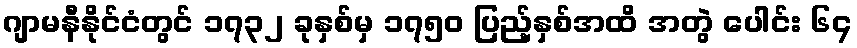
ဂျာမနီနိုင်ငံတွင် ၁၇၃၂ ခုနှစ်မှ ၁၇၅၀ ပြည့်နှစ်အထိ အတွဲ ပေါင်း ၆၄